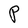
Character: P